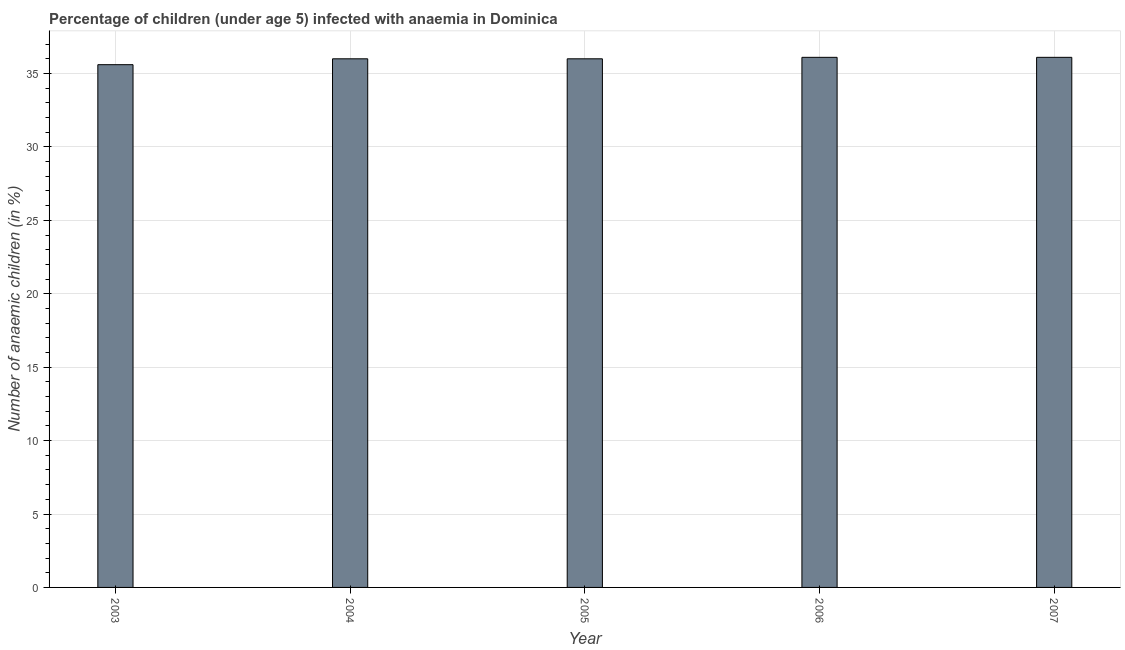
| Year | Prevalence of anemia among children |
 | --- | --- |
 | 2003 | 35.6 |
 | 2004 | 36 |
 | 2005 | 36 |
 | 2006 | 36.1 |
 | 2007 | 36.1 |